Vital statistics of India. Vol. IV, Annual returns from 1871 to 1876. British Army of India, Native Army and jails of Bengal
Year: 1871
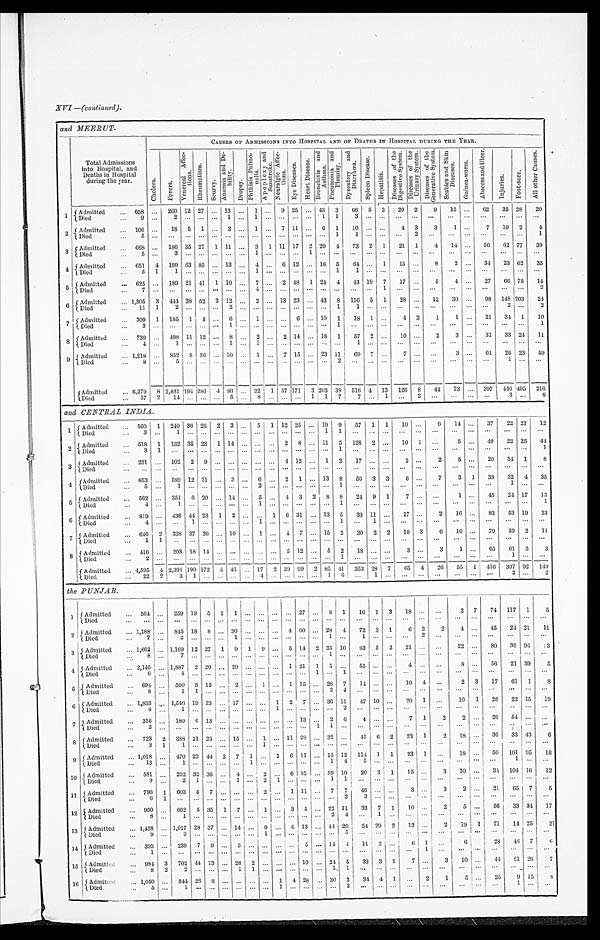
and MEERUT.
Total Admissions
into Hospital, and
Deaths in Hospital
duri ng the year.
CAUSES OF ADMI SSI ONS I NTO HOSPI TAL AND OF DEATHS I N HOSPI TAL DURI NG THE YEAR.
C h o l e r a .
F e v e r s .
V e n e r e a l A f f e c -
t i o n s . R h e u m a t i s m .
S c u r v y .
A n æ m i a a n d D e -
b i l i t y .
D r o p s y .
P h t h i s i s P u l m o -
n a l i s . A p o p l e x y a n d
S u n s t r o k e . N e u r a l g i c A f f e c -
t i ons . E y e D i s e a s e s .
H e a r t D i s e a s e . B r o n c h i t i s a n d
A s h t m a .
P n e u m o n i a a n d
P l e u r i s y .
D y s e n t e r y a n d
D i a r r h œ a .
S p l e e n D i s e a s e .
H e p a t i t i s .
D i s e a s e s o f t h e
D i g e s t i v e S y s t e m .
D i s e a s e s o f t h e
U r i n a r y S y s t e m . D i s e a s e s o f t h e
G e n e r a t i v e S y s t e m . S c a b i e s a n d S k i n
D i s e a s e s .
G u i n e a - w o r m .
A b s c e s s a n d U l c e r .
I n j u r i e s .
F o o t - s o r e .
A l l o t h e r C a u s e s .
1
Admitted
658
2 6 0 12 27
13
1
9 25
43 3
6 6 5 3 2 0 2 9 15
62 35 28 20
Died
9
2
1
1
1
1
3
2 Admitted
106
18 5 1
3
1
7 11
6 1 10
4 3 3 1
7 19 2 4
Died
5
1 1
2
1
3 Admitted
668
186 35 27 1 11
3 1 11 17 2 20 4 73 2 1 21 1 4 14
56 62 77 39
Died
5
3
1
1
4 Admitted
651 4 199 63 85
13
4
6 12
16 5 64
1 15
8 2
34 23 62 35
Died
5 1 1
1
1 1
5 Admitted
625
189 21 41 1 10
7
2 48 1 24 4 43 19 7 17
5 4
27 66 75 14
Died
7
4
1
2
6 Admitted
1,305 3 444 38 52 2
1 2
2
13 23
43 8 116 5 1 28
12 30
98 148 203 24
Died
1 1 1
2
2
1 1
2 2
7 Admitted
309 1 185 1 5
6
1
6
10 1 18 1
4 2 1 1
21 34 1 10
Died
3
1
1
1
8 Admitted
739
498 11 12
8
2
2 14
18 1 57 2
10
2 3
31
3 3 24 11
Died
4
1
1
1
1
9 Admitted
1,218
852 8 36
10
1
7 15
23 11 69 7
7
3
61 26 23 59
Died
8
5
2
1
A d m i t t e d 6,279 8 2,831 194 286 4 86
2 2 1 57 171 3 203 38 516 4
1 3 126 8 44 73
397 446 495 216
Died
5 7 2
1 4
5
8
1 1 7 7
1
2
3 6
and CENTRAL INDIA.
1 Admitted
560 1 240 36 2 6 2 3
5 1 12 25
19 9 57 1 1 10
6 14
37 22 21 12
Died
3
1
1 1
2 Admitted
518 1 132 35 23 1 14
2 8
11 5 128 2
10 1
5
49 22 25 44
Died
3 1
1
1
3 Admitted
221
102 2 9
4 12
1 2 17
2
2 5
20 34 1
8
Died
4 Admitted
853
589 12 31
3
6
2 1
13 8 56 3 3
6
7 3 1 38 32 4 35
Died
5
1
2
1
1
5 Admitted
562
351 6 20
14
5
4 3 2 8 8
2 4 9 1 7
1
45 24 17 13
Died
4
1
1
1
1
6 Admitted
819
436 44 23 1 2
1 6 31
13 5 33 11
17
2 16
83 53 19 23
Died
4
1
1
1
1
7 Admitted
6 4 6 2 338 37 26
10
1
4 7
15 2 20 2 2 10 3
6 10
79 59 2 11
Died
1 1
8 Admitted
416
203 18 14
5 12
5 2
1 8
3
3 1
65 61 3 3
Died
2
1
1
Admitted
4,595 4 2,391 190 172 4 4 6
17 2 39 99 2 85 41 353
2 8 7 65 4 26 55 1 416 307 92 149
Died
22 2 3 1
4
1 6
1
2 2
the PUNJAB.
1 Admitted
564
259 18 5 1
1
2 7
8 1 16 1 3 18
2 7 74 117 1 5
Died
2 Admitted
1,188
845 18 8
3 0
4 60
2 8 4 72 3 1 6 2 2 4
45 24 21 11
Died
7
2
1
1
1
2
3 Admitted
1,662 1,169 12 27 1 9 1 9
5 14 2 35 10 83 5 2 21
22
80 36 96 3
Died
8
7
1
4 Admitted
2,145
1,887 2 20
20
1 21 1
5
55
4
8
56 21 39 5
Died
6
4
1
1
5 Admitted
694
500 5 15
2
1
1 15
28 7 14
10 4
2 3 17 61 1 8
Died
8
1 1
2 4
6 Admitted
1,833
1,546 19 23
17
1 2 7
36 11 47 10
20 1
10 1 26 22 15 19
Died
4
1
1
2
7 Admitted
316
180 6 13
13
2 6 4
7 1 2 2
26 54
Died
2
1 1
8
A d m i t t e d 723 2 388 11 26
1 5
1
11 28 32
4 5 6 2 23 1 2 18
30 33 43 6
Died
3 1
1
1
9 Admitted
1,018
470 23 44 2 7 1
1 6 17
15 12 114 1 1 23 1
18
50 101 95 16
Died
1 3
1
1
1 4
5
1
10 Admitted
581
202 32 36
4
2
6 32
39 10 20 3 1 15
3 10
34 104 1 6 12
Died
9
2 1
1
2 1
1 1
1 1 Admitted
796 1 603 5 7
2
1 11
7 7 46
3
3 2
21 65 7 5
Died
6 1
2
3
12 Admitted
950
662 5 35 1 7
1
3 5
22 11 33 7 1 10
2 5
56 33 34 17
Died
8
1
2 4
1
13 Admitted
1,438
1,017 28 37
14
9
6 13
4 4 20
5 4 2 9 2 12
2 19 1 71 14 25 21
Died
9
3
1
5
14 Admitted
395
239 7 9
3
5
14 4 11 2
6 1
6
28 46 7
6
Died
1
1
15 Admitted
984 3 702 44 13
26 2
10
24 5 33 3 1 7
3 10
44 21 26 7
Died
8 2
2
1 1
1 1
1 6 Admitted 1,050
844 28 8
1 4 28
30 3 34 4 1
2 1
5
25 9 15 8
D i e d
5
1
1
2
1